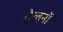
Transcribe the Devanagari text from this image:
ऐलनों